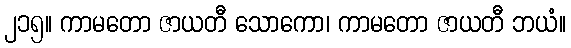
၂၁၅။ ကာမတော ဇာယတီ သောကော၊ ကာမတော ဇာယတီ ဘယံ။